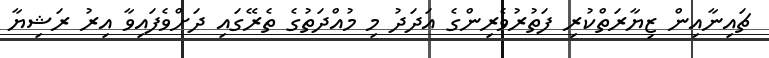
ޗައިނާއިން ޒިޔާރަތްކުރި ފަތުރުވެރިންގެ އަދަދު މި މުއްދަތުގެ ތެރޭގައި ދަށްވެފައިވާ އިރު ރަޝިޔާ